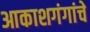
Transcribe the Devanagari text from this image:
आकाशगंगांचे